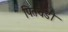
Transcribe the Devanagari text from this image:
पितचंडी